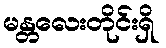
မန္တလေးတိုင်းရှိ